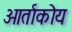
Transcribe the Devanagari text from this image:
ओर्ताकोय